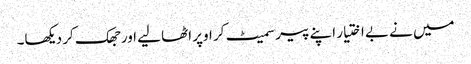
میں نے بے اختیار اپنے پیر سمیٹ کر اوپر اٹھا لیے اور جھک کر دیکھا۔